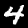
Label: 4